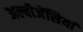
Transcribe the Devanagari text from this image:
अल्बीजेंसियां